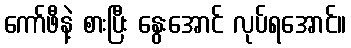
ကော်ဖီနဲ့ စားပြီး နွေးအောင် လုပ်ရအောင်။